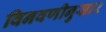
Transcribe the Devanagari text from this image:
विनवणीनुसार